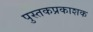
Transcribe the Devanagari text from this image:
पुस्तकप्रकाशक